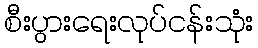
စီးပွားရေးလုပ်ငန်းသုံး